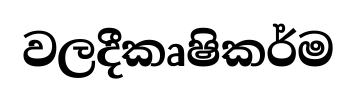
වලදීකෘෂිකර්ම